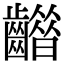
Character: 𪙮